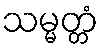
သမ္မတ္တံ